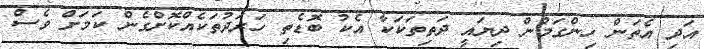
އަދި އެތަން ހިންގަމުން ދިޔައީ ދަތިތަކަކާ އެކު ބޮޑެތި ހަރަދުތަކެއްކޮށްގެން ކަމަށް ވެސް